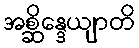
အစ္ဆိန္ဒေယျာတိ